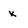
Character: k